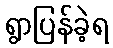
ရွာပြန်ခဲ့ရ